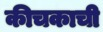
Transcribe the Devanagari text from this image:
कीचकाची